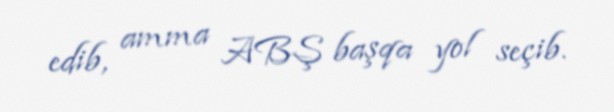
edib, amma ABŞ başqa yol seçib.